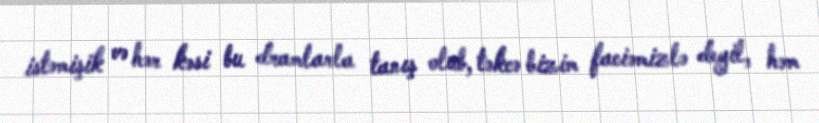
istəmişik və hər kəsi bu dramlarla tanış olub, təkcə bizim faciəmizlə deyil, həm